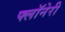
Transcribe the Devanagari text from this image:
फ्लॉनेरी